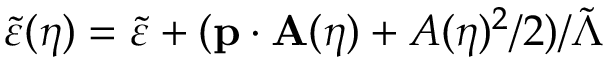
\tilde { \varepsilon } ( \eta ) = \tilde { \varepsilon } + ( \mathbf { p } \cdot \mathbf { A } ( \eta ) + A ( \eta ) ^ { 2 } / 2 ) / \tilde { \Lambda }